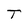
Character: T